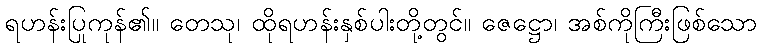
ရဟန်းပြုကုန်၏။ တေသု၊ ထိုရဟန်းနှစ်ပါးတို့တွင်။ ဇေဋ္ဌော၊ အစ်ကိုကြီးဖြစ်သော